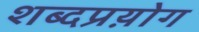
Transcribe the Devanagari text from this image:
शब्दप्रय़ोग